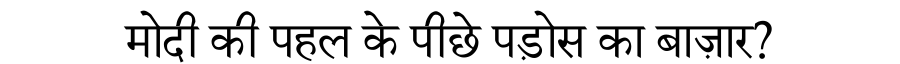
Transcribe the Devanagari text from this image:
मोदी की पहल के पीछे पड़ोस का बाज़ार?